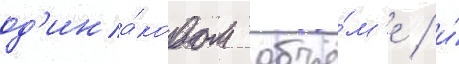
од'ина́ковом объё́м'е / и́